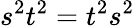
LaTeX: s^{2}t^{2}=t^{2}s^{2}